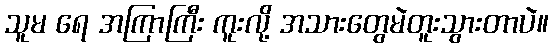
သူမ ရေ အကြာကြီး ကူးလို့ အသားတွေမဲတူးသွားတာပဲ။